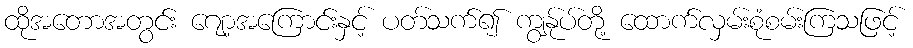
ထိုအတောအတွင်း ဂျော့အကြောင်းနှင့် ပတ်သက်၍ ကျွန်ုပ်တို့ ထောက်လှမ်းစုံစမ်းကြသဖြင့်